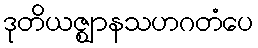
ဒုတိယဇ္ဈာနသဟဂတံပေ